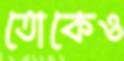
তোকেও